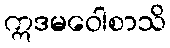
ဣဒမဝေါစာသိ